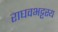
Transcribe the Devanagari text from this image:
राघवभट्टस्य